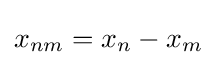
x_{nm}=x_{n}-x_{m}